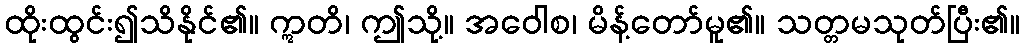
ထိုးထွင်း၍သိနိုင်၏။ ဣတိ၊ ဤသို့။ အဝေါစ၊ မိန့်တော်မူ၏။ သတ္တမသုတ်ပြီး၏။